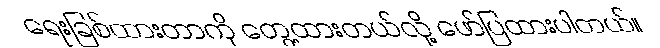
ရေးခြစ်ထားတာကို တွေ့ထားတယ်လို့ ဖော်ပြထားပါတယ်။